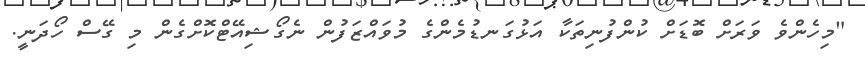
"މިހެންވެ ވަރަށް ބޮޑަށް ކުންފުނިތަކާ އަޅުގަނޑުމެންގެ މުވައްޒަފުން ނެގޯޝިއޭޓްކޮށްގެން މި ގޭސް ހޯދަނީ.